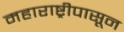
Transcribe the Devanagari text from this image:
महाराष्ट्रीपासून